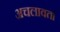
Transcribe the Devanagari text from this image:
अचलावतां